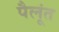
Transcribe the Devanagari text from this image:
पैलूंत